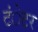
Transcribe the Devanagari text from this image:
टंेटर